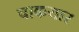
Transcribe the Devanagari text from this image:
चाकयार